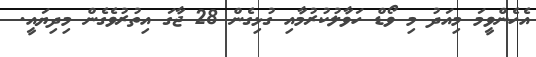
އެހެންވީމަ މިއަދު މި ވޯޑް ހަވާލުކުރުމާއި ގުޅިގެން 28 ޖާގަ އިތުރުވެގެން މިދިޔައީ.